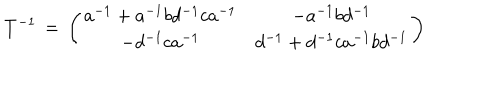
T ^ { - 1 } \, = \, \left( \begin{array} { c c } { { a ^ { - 1 } + a ^ { - 1 } b d ^ { - 1 } c a ^ { - 1 } } } & { { - a ^ { - 1 } b d ^ { - 1 } } } \\ { { - d ^ { - 1 } c a ^ { - 1 } } } & { { d ^ { - 1 } + d ^ { - 1 } c a ^ { - 1 } b d ^ { - 1 } } } \\ \end{array} \right)